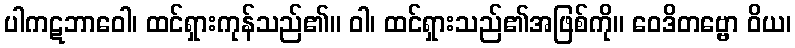
ပါကဋဘာဝေါ၊ ထင်ရှားကုန်သည်၏။ ဝါ၊ ထင်ရှားသည်၏အဖြစ်ကို။ ဝေဒိတဗ္ဗော ဝိယ၊